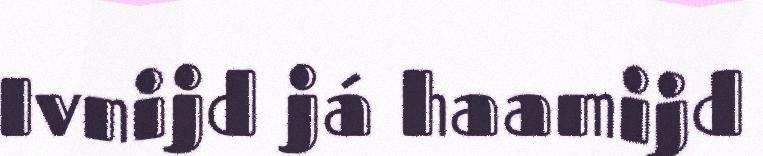
Ivnijd já haamijd